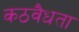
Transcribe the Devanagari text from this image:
कठवैधता